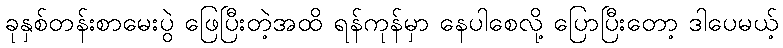
ခုနှစ်တန်းစာမေးပွဲ ဖြေပြီးတဲ့အထိ ရန်ကုန်မှာ နေပါစေလို့ ပြောပြီးတော့ ဒါပေမယ့်